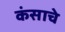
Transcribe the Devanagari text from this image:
कंसाचे